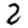
Digit: 2